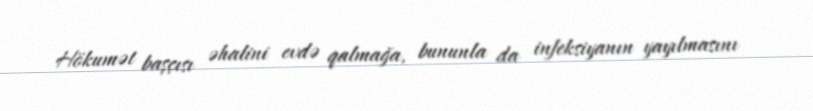
Hökumət başçısı əhalini evdə qalmağa, bununla da infeksiyanın yayılmasını